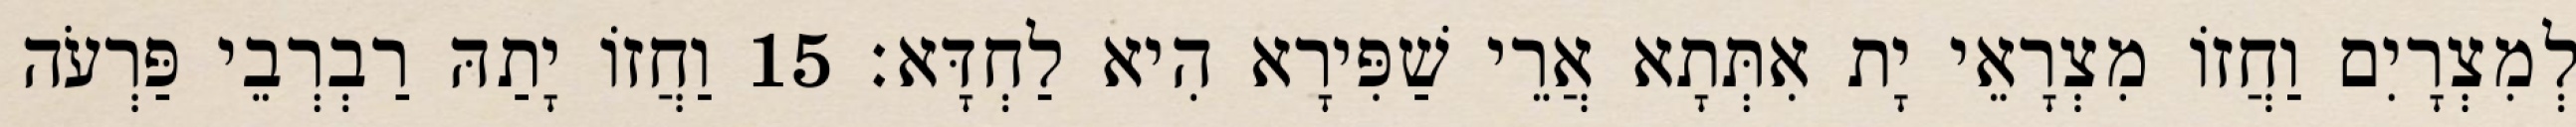
לְמִצְרָיִם וַחֲזוֹ מִצְרָאֵי יָת אִתְּתָא אֲרֵי שַׁפִּירָא הִיא לַחְדָּא׃ 15 וַחֲזוֹ יָתַהּ רַבְרְבֵי פַּרְעֹה